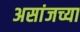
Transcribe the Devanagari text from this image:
असांजच्या